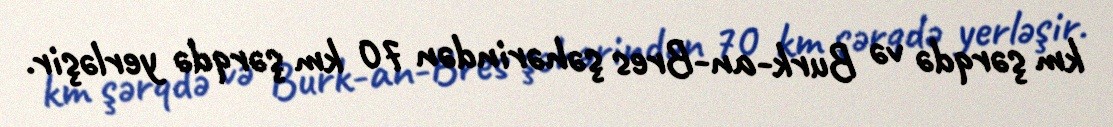
km şərqdə və Burk-an-Bres şəhərindən 70 km şərqdə yerləşir.